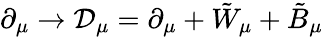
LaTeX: \partial_{\mu}\rightarrow{\cal{D}}_{\mu}=\partial_{\mu}+{\tilde{W}}_{\mu}+{\tilde{B}}_{\mu}